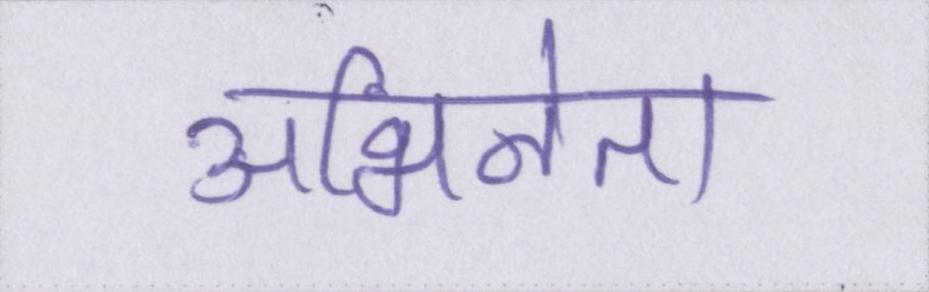
अभिनेता